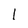
Character: l